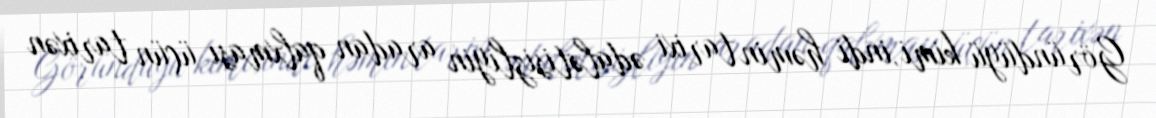
Göründüyü kimi,indi həmin tarixi ədalətisizliyin aradan qalxması üçün tarixən